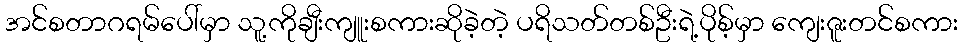
အင်စတာဂရမ်ပေါ်မှာ သူ့ကိုချီးကျူးစကားဆိုခဲ့တဲ့ ပရိသတ်တစ်ဦးရဲ့ပိုစ့်မှာ ကျေးဇူးတင်စကား